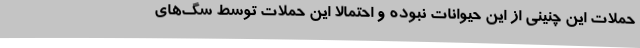
حملات این چنینی از این حیوانات نبوده و احتمالا این حملات توسط سگ‌های